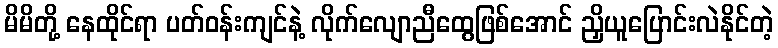
မိမိတို့ နေထိုင်ရာ ပတ်ဝန်းကျင်နဲ့ လိုက်လျောညီထွေဖြစ်အောင် ညှိယူပြောင်းလဲနိုင်တဲ့